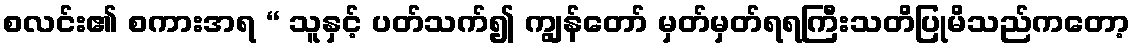
စလင်း၏ စကားအရ “ သူနှင့် ပတ်သက်၍ ကျွန်တော် မှတ်မှတ်ရရကြီးသတိပြုမိသည်ကတော့